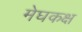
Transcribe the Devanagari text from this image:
मेघकक्ष